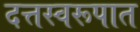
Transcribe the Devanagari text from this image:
दत्तस्वरूपात